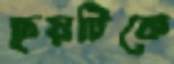
ছয়টিকে